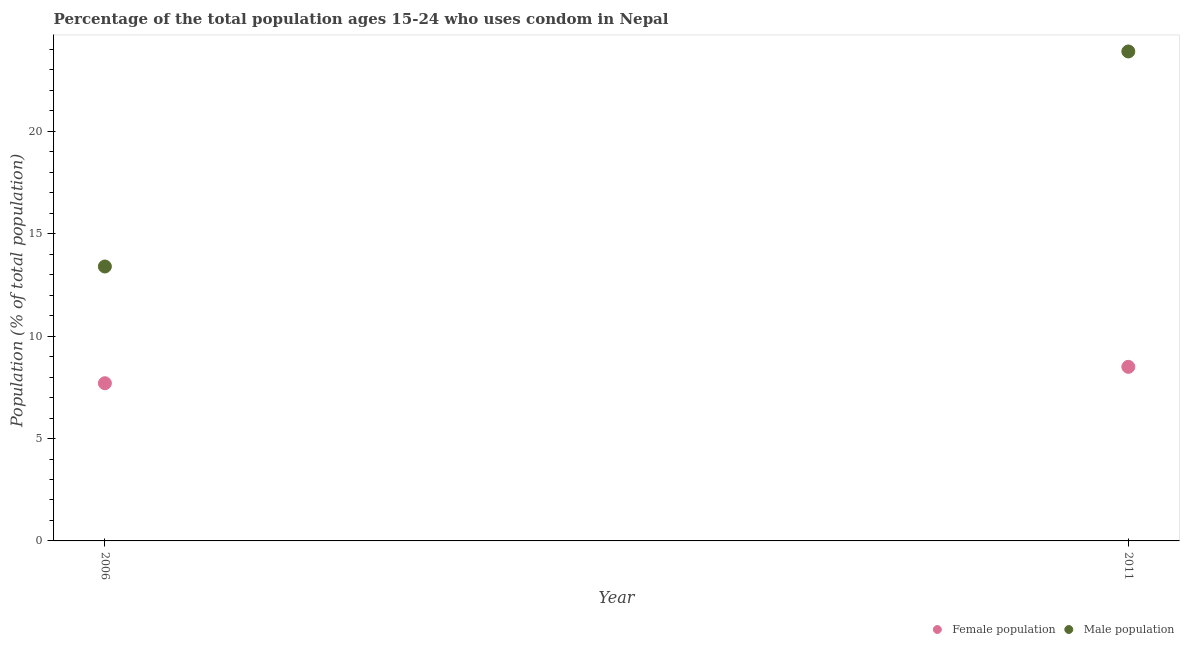
| Year | Female population | Male population |
 | --- | --- | --- |
 | 2006 | 7.7 | 13.4 |
 | 2011 | 8.5 | 23.9 |